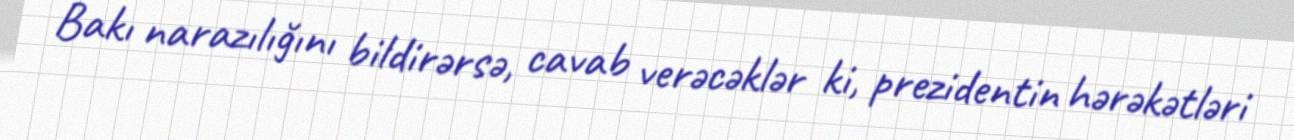
Bakı narazılığını bildirərsə, cavab verəcəklər ki, prezidentin hərəkətləri